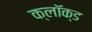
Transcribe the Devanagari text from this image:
क्लॉक्ड